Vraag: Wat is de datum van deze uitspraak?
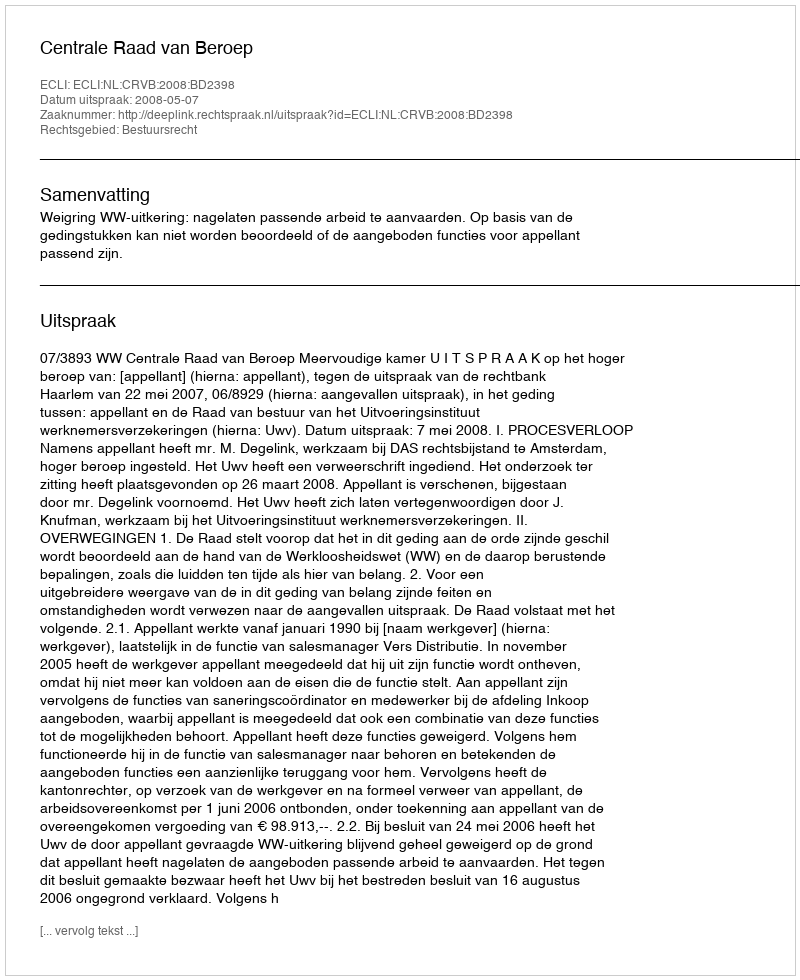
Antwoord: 2008-05-07